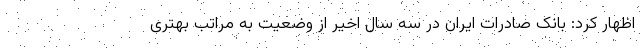
اظهار کرد: بانک صادرات ایران در سه سال اخیر از وضعیت به مراتب بهتری